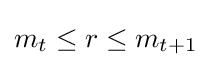
m_{t}\leq r\leq m_{t+1}